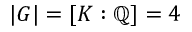
| G | = [ K : \mathbb { Q } ] = 4